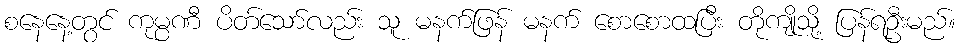
စနေနေ့တွင် ကုမ္ပဏီ ပိတ်သော်လည်း သူ မနက်ဖြန် မနက် စောစောထပြီး တိုကျိုသို့ ပြန်ရဦးမည်။